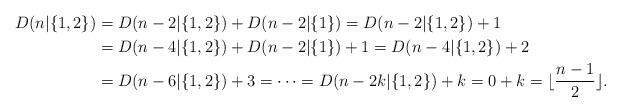
\begin{align*}D(n\lvert\{1,2\})&=D(n-2\lvert\{1,2\})+D(n-2\lvert\{1\})=D(n-2\lvert\{1,2\})+1\\&=D(n-4\lvert\{1,2\})+D(n-2\lvert\{1\})+1=D(n-4\lvert\{1,2\})+2\\&=D(n-6\lvert\{1,2\})+3=\cdots=D(n-2k\lvert\{1,2\})+k=0+k=\lfloor\frac{n-1}2\rfloor.\end{align*}